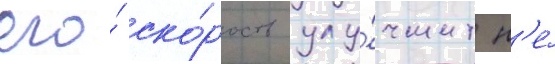
его́ ско́рость улу́чшит н'е́